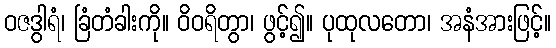
ဝဇဒွါရံ၊ ခြံတံခါးကို။ ဝိဝရိတွာ၊ ဖွင့်၍။ ပုထုလတော၊ အနံအားဖြင့်။